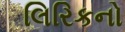
લિરિકનો